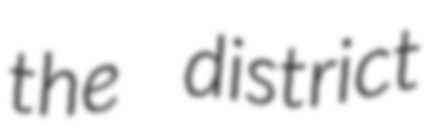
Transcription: the district